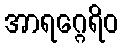
အာရဂ္ဂေရိဝ